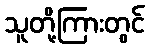
သူတို့ကြားတွင်